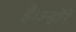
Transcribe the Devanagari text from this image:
है।उन्होंने